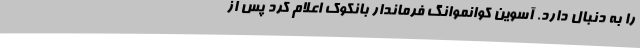
را به دنبال دارد. آسوین کوانموانگ فرماندار بانکوک اعلام کرد پس از